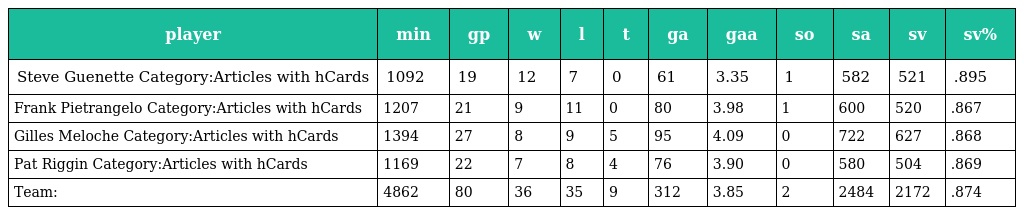
| player | min | gp | w | l | t | ga | gaa | so | sa | sv | sv% |
 | --- | --- | --- | --- | --- | --- | --- | --- | --- | --- | --- | --- |
 | Steve Guenette Category:Articles with hCards | 1092 | 19 | 12 | 7 | 0 | 61 | 3.35 | 1 | 582 | 521 | .895 |
 | Frank Pietrangelo Category:Articles with hCards | 1207 | 21 | 9 | 11 | 0 | 80 | 3.98 | 1 | 600 | 520 | .867 |
 | Gilles Meloche Category:Articles with hCards | 1394 | 27 | 8 | 9 | 5 | 95 | 4.09 | 0 | 722 | 627 | .868 |
 | Pat Riggin Category:Articles with hCards | 1169 | 22 | 7 | 8 | 4 | 76 | 3.90 | 0 | 580 | 504 | .869 |
 | Team: | 4862 | 80 | 36 | 35 | 9 | 312 | 3.85 | 2 | 2484 | 2172 | .874 |